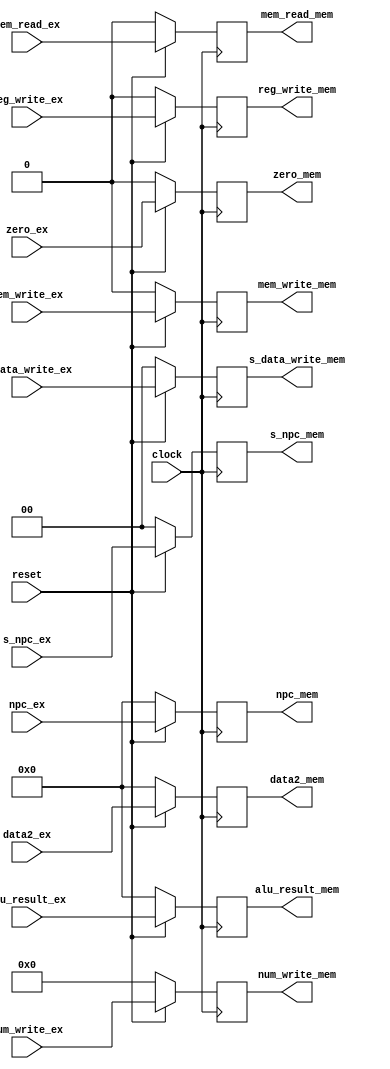
module ex_mem(	clock,				reset,
				npc_ex,				zero_ex,
				alu_result_ex,		data2_ex,
				num_write_ex,		mem_write_ex,
				s_data_write_ex,	reg_write_ex,
				s_npc_ex,			mem_read_ex,
				npc_mem,			zero_mem,
				alu_result_mem,		data2_mem,
				num_write_mem,		mem_write_mem,
				s_data_write_mem,	reg_write_mem,
				s_npc_mem,			mem_read_mem);
				
	input clock;
	input reset;
	
	input [31:0] 	npc_ex;
	input 			zero_ex;
	input [31:0] 	alu_result_ex;
	input [31:0] 	data2_ex;
	input [4:0] 	num_write_ex;
	input 			mem_write_ex;
	input [1:0] 	s_data_write_ex;
	input 			reg_write_ex;
	input [1:0]		s_npc_ex;
	input 			mem_read_ex;
	
	output reg [31:0] 	npc_mem;
	output reg 			zero_mem;
	output reg [31:0] 	alu_result_mem;
	output reg [31:0] 	data2_mem;
	output reg [4:0] 	num_write_mem;
	output reg 			mem_write_mem;
	output reg [1:0] 	s_data_write_mem;
	output reg			reg_write_mem;
	output reg [1:0]	s_npc_mem;
	output reg			mem_read_mem;

	always@(posedge clock)
	begin
		if(reset==0)
		begin
			npc_mem				<=	0;
			zero_mem			<=	0;
			alu_result_mem		<=	0;
			data2_mem			<=	0;
			num_write_mem		<=	0;
			mem_write_mem		<=	0;
			s_data_write_mem	<=	0;
			reg_write_mem		<=	0;
			s_npc_mem			<=	0;
			mem_read_mem		<=	0;
		end
		else
		begin
			npc_mem				<=	npc_ex			;
			zero_mem			<=	zero_ex			;
			alu_result_mem		<=	alu_result_ex	;
			data2_mem			<=	data2_ex		;
			num_write_mem		<=	num_write_ex	;
			mem_write_mem		<=	mem_write_ex	;
			s_data_write_mem	<=	s_data_write_ex	;
			reg_write_mem		<=	reg_write_ex	;
			s_npc_mem			<=	s_npc_ex		;
			mem_read_mem		<=	mem_read_ex		;
		end
	end
	
endmodule